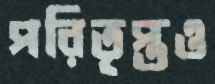
পরিতৃপ্তও